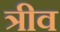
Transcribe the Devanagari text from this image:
त्रीव